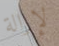
لإزالة